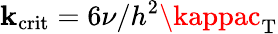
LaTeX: \mathbf{k}_{\mathrm{{crit}}}=6\nu/h^{2}\kappac_{\mathrm{{T}}}